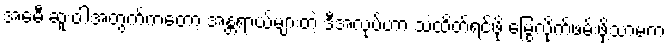
အေမီ ဆူးဝါအတွက်ကတော့ အန္တရာယ်များတဲ့ ဒီအလုပ်ဟာ သဲထိတ်ရင်ဖို မြွေလိုက်ဖမ်းဖို့သာမက